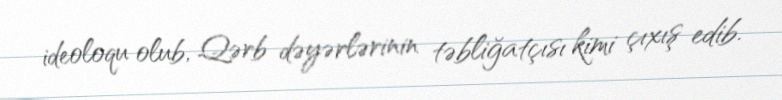
ideoloqu olub, Qərb dəyərlərinin təbliğatçısı kimi çıxış edib.